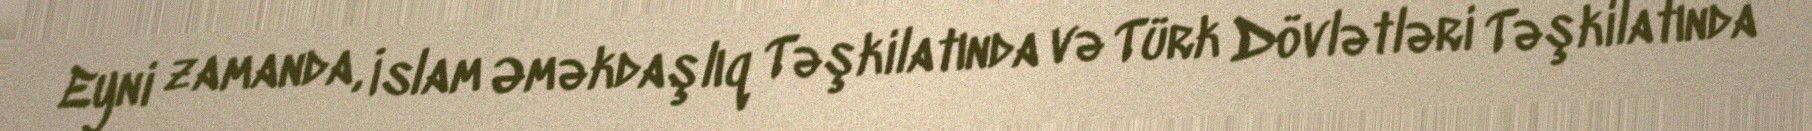
Eyni zamanda, İslam Əməkdaşlıq Təşkilatında və Türk Dövlətləri Təşkilatında